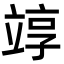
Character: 䇏